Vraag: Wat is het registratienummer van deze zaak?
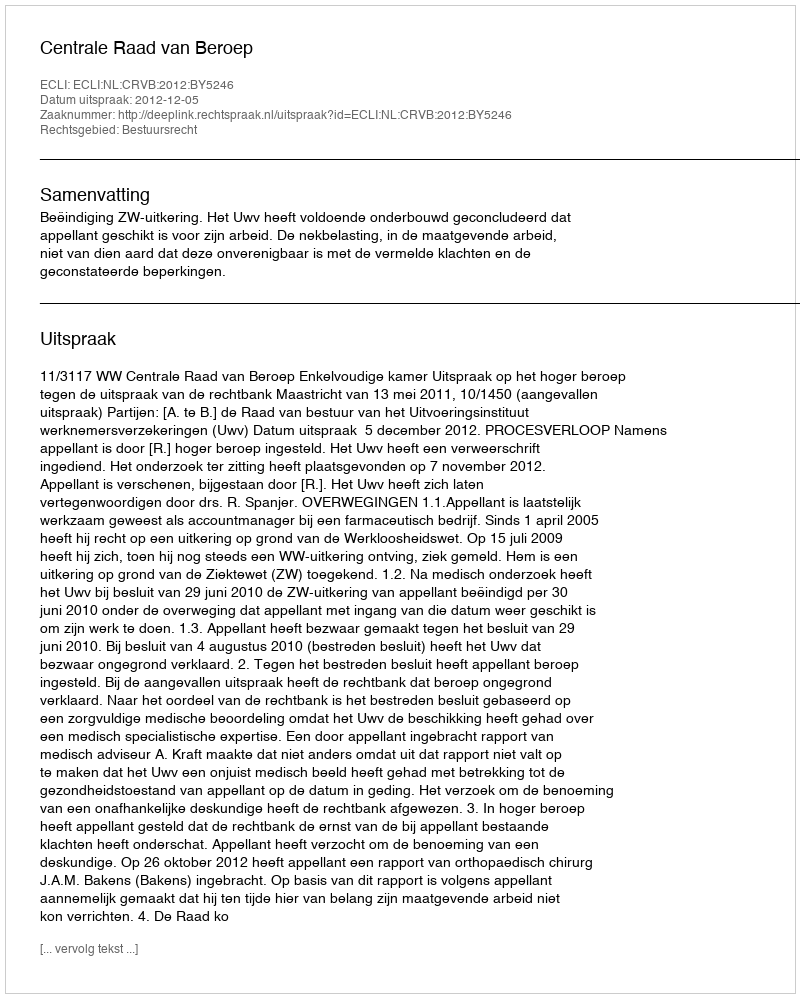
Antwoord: http://deeplink.rechtspraak.nl/uitspraak?id=ECLI:NL:CRVB:2012:BY5246